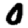
Digit: 0